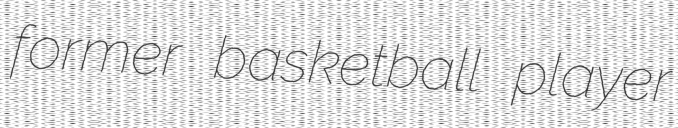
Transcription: former basketball player